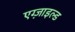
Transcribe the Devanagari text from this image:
एग्ज़ाइल्ड